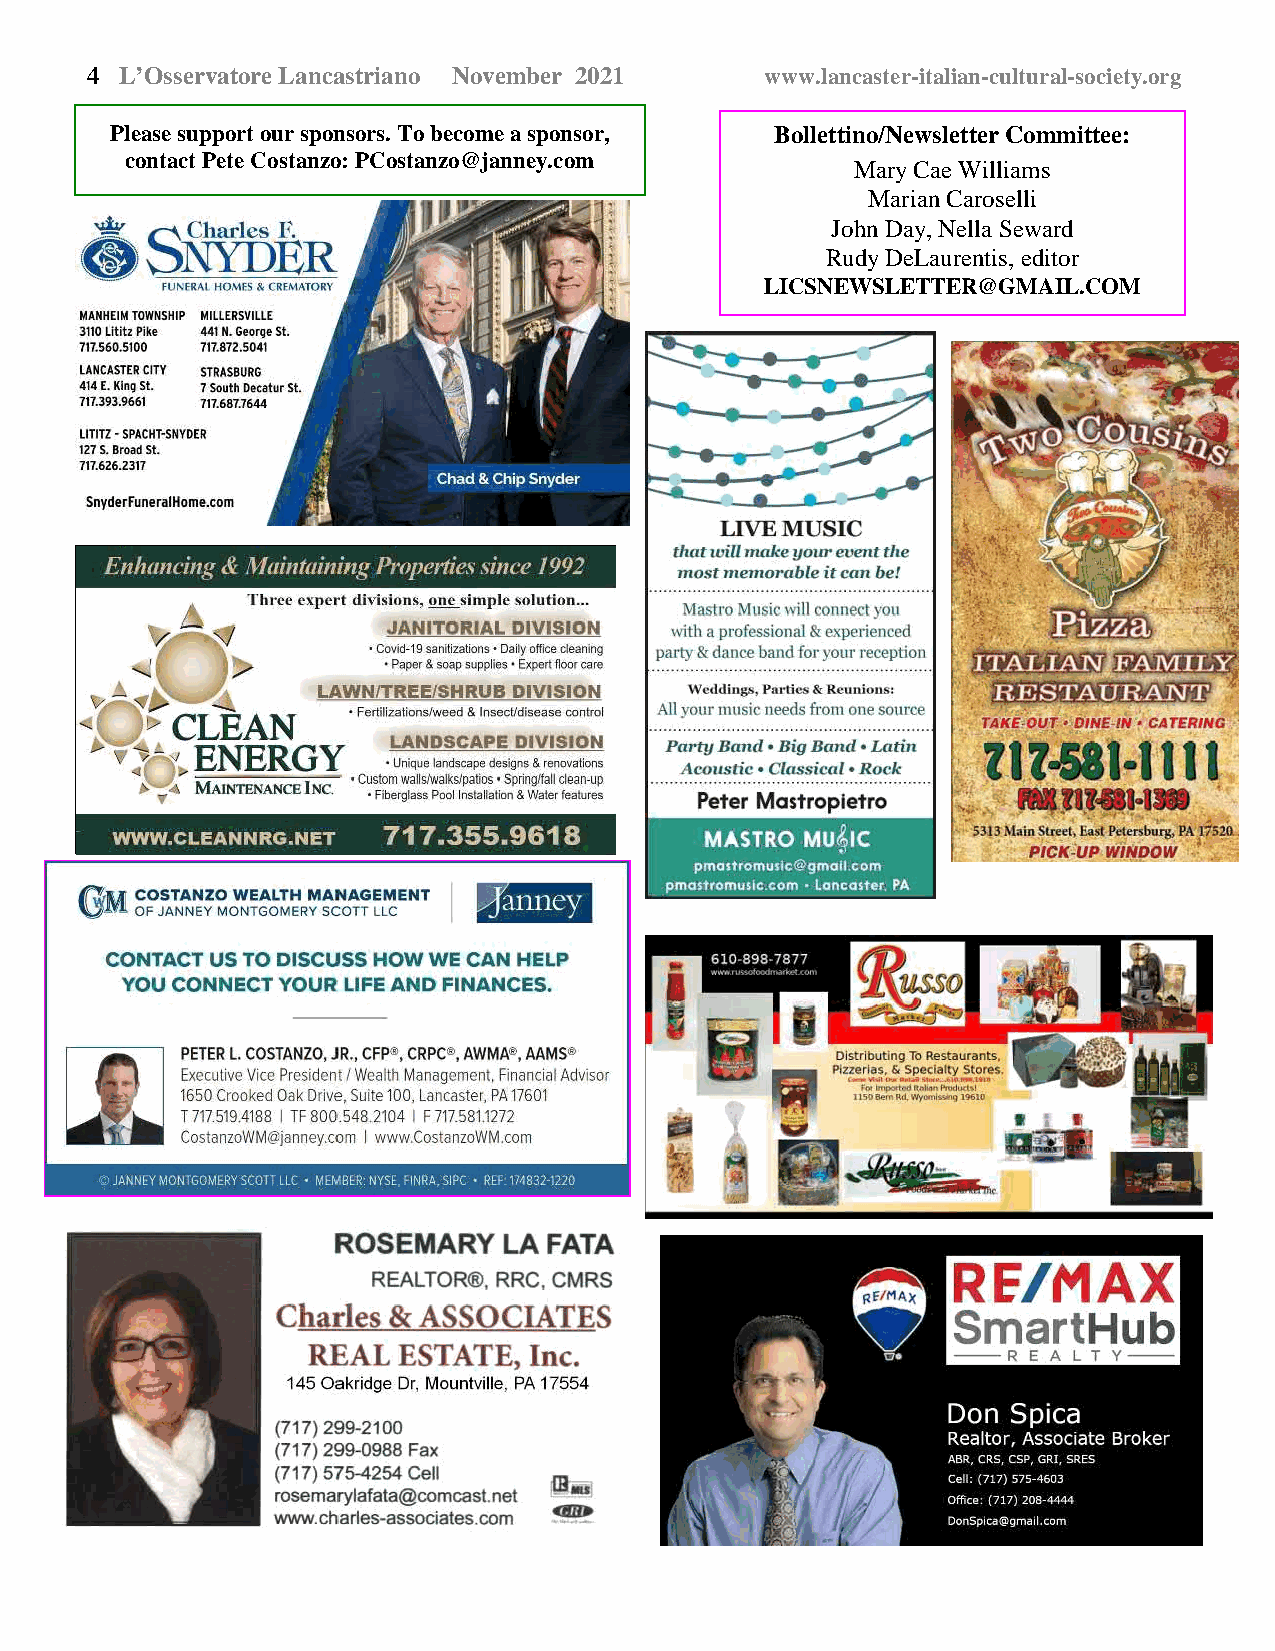
4 L’Osservatore Lancastriano November 2021   www.lancaster-italian-cultural-society.org
 Please support our sponsors. To become a sponsor, Bollettino/Newsletter Committee:
 contact Pete Costanzo: PCostanzo@janney.com
 Mary Cae Williams
 Marian Caroselli
 John Day, Nella Seward
 Rudy DeLaurentis, editor
 LICSNEWSLETTER@GMAIL.COM